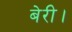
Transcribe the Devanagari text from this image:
बेरी।